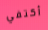
أكتفي